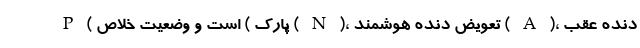
P ( پارک ) است و وضعیت خلاص ( N )، تعویض دنده هوشمند ( A )، دنده عقب